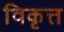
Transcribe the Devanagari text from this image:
विकृत्त